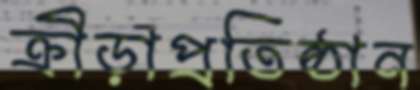
ক্রীড়াপ্রতিষ্ঠান